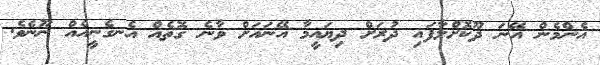
އެންމެން އޭނަ ދޫކޮށްލާފައި ދުރަށް ދިޔައީމާ އޭނައަށް ވާނެ ގޮތެއް އެނގެނީއެއް ނޫނެވެ.